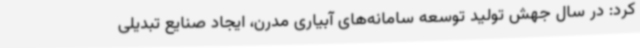
کرد: در سال جهش تولید توسعه سامانه‌های آبیاری مدرن، ایجاد صنایع تبدیلی